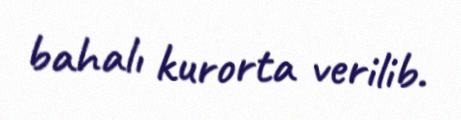
bahalı kurorta verilib.